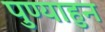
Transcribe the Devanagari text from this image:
पुण्याहुन